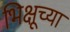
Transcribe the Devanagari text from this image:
भिक्षूच्या